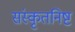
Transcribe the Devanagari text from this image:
संस्कृतनिष्ट